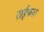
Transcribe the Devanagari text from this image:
राईफल